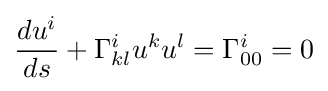
{\frac {du^{i}}{ds}}+\Gamma _{kl}^{i}u^{k}u^{l}=\Gamma _{00}^{i}=0